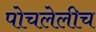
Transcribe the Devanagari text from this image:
पोचलेलीच